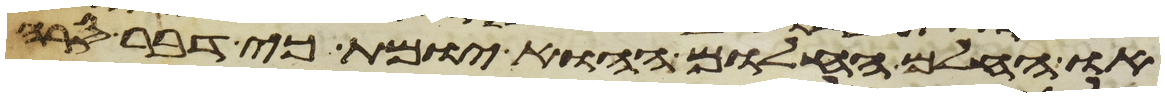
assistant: או החלם החלום ההוא יומת כי דבר סרה